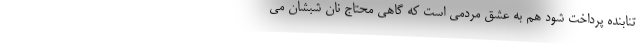
تنابنده پرداخت شود هم به عشق مردمی است که گاهی محتاج نان شبشان می